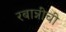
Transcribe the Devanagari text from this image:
रबान्नींची